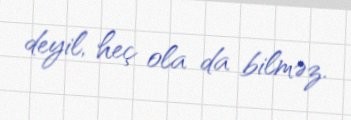
deyil, heç ola da bilməz.